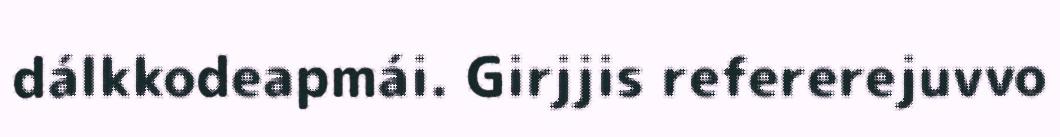
dálkkodeapmái. Girjjis refererejuvvo